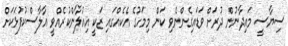
ސިޔާސީ މައިދާނުން ދުރަށް ވަޑައިގެންނެވި ކަން މިމަހުގެ އެކެއްގައި ޒަކީ އިއުލާންކުރެއްވީ އާލާސްކުފުޅަކަށް